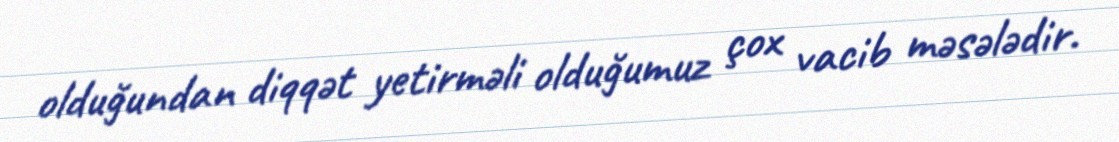
olduğundan diqqət yetirməli olduğumuz çox vacib məsələdir.